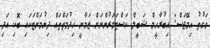
ވަގުތު އިމޭޖަސް: އިބުރާހީމް ޝަބީލް ކަސްޓަމަރުންނަށް ޒަމާނީ ހިދުމަތްތައް ދިނުމަށްޓަކައި ބޮކި އަދި